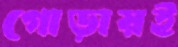
গোড়ায়ই